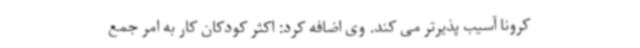
کرونا آسیب پذیرتر می کند. وی اضافه کرد: اکثر کودکان کار به امر جمع